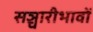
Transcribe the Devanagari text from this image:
सञ्चारीभावों